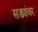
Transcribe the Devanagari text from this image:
सड्यांवर